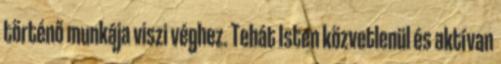
történő munkája viszi véghez. Tehát Isten közvetlenül és aktívan